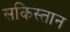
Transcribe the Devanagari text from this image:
सकिस्तान